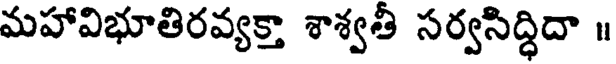
మహావిభూతిరవ్యక్తా శాశ్వతీ సర్వసిద్ధిదా ॥